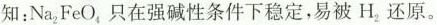
知：Na_{2}FeO_{4}只在强碱性条件下稳定，易被H_{2}还原。